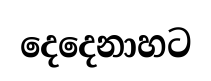
දෙදෙනාහට